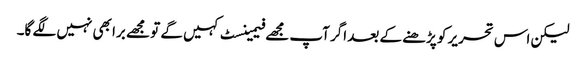
لیکن اس تحریر کو پڑھنے کے بعد اگر آپ مجھے فیمینسٹ کہیں گے تو مجھے برا بھی نہیں لگے گا۔